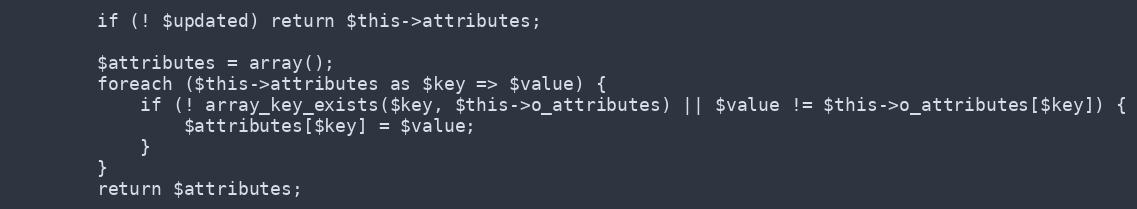
Language: PHP
        if (! $updated) return $this->attributes;

        $attributes = array();
        foreach ($this->attributes as $key => $value) {
            if (! array_key_exists($key, $this->o_attributes) || $value != $this->o_attributes[$key]) {
                $attributes[$key] = $value;
            }
        }
        return $attributes;